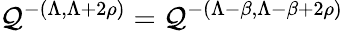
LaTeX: \mathcal{Q}^{-(\Lambda,\Lambda+2\rho)}=\mathcal{Q}^{-(\Lambda-\beta,\Lambda-\beta+2\rho)}